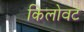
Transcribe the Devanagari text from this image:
किलोवट